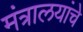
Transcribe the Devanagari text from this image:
मंत्रालयांचे